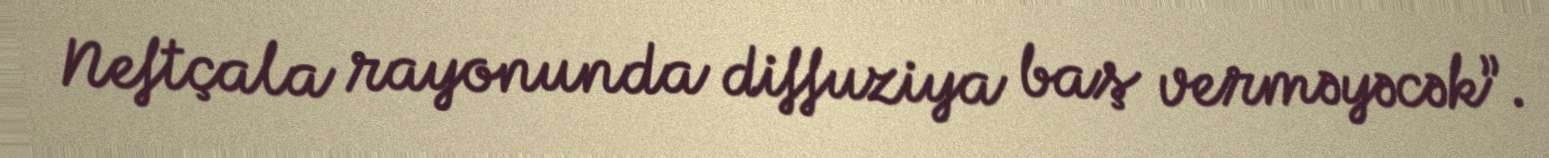
Neftçala rayonunda diffuziya baş verməyəcək”.